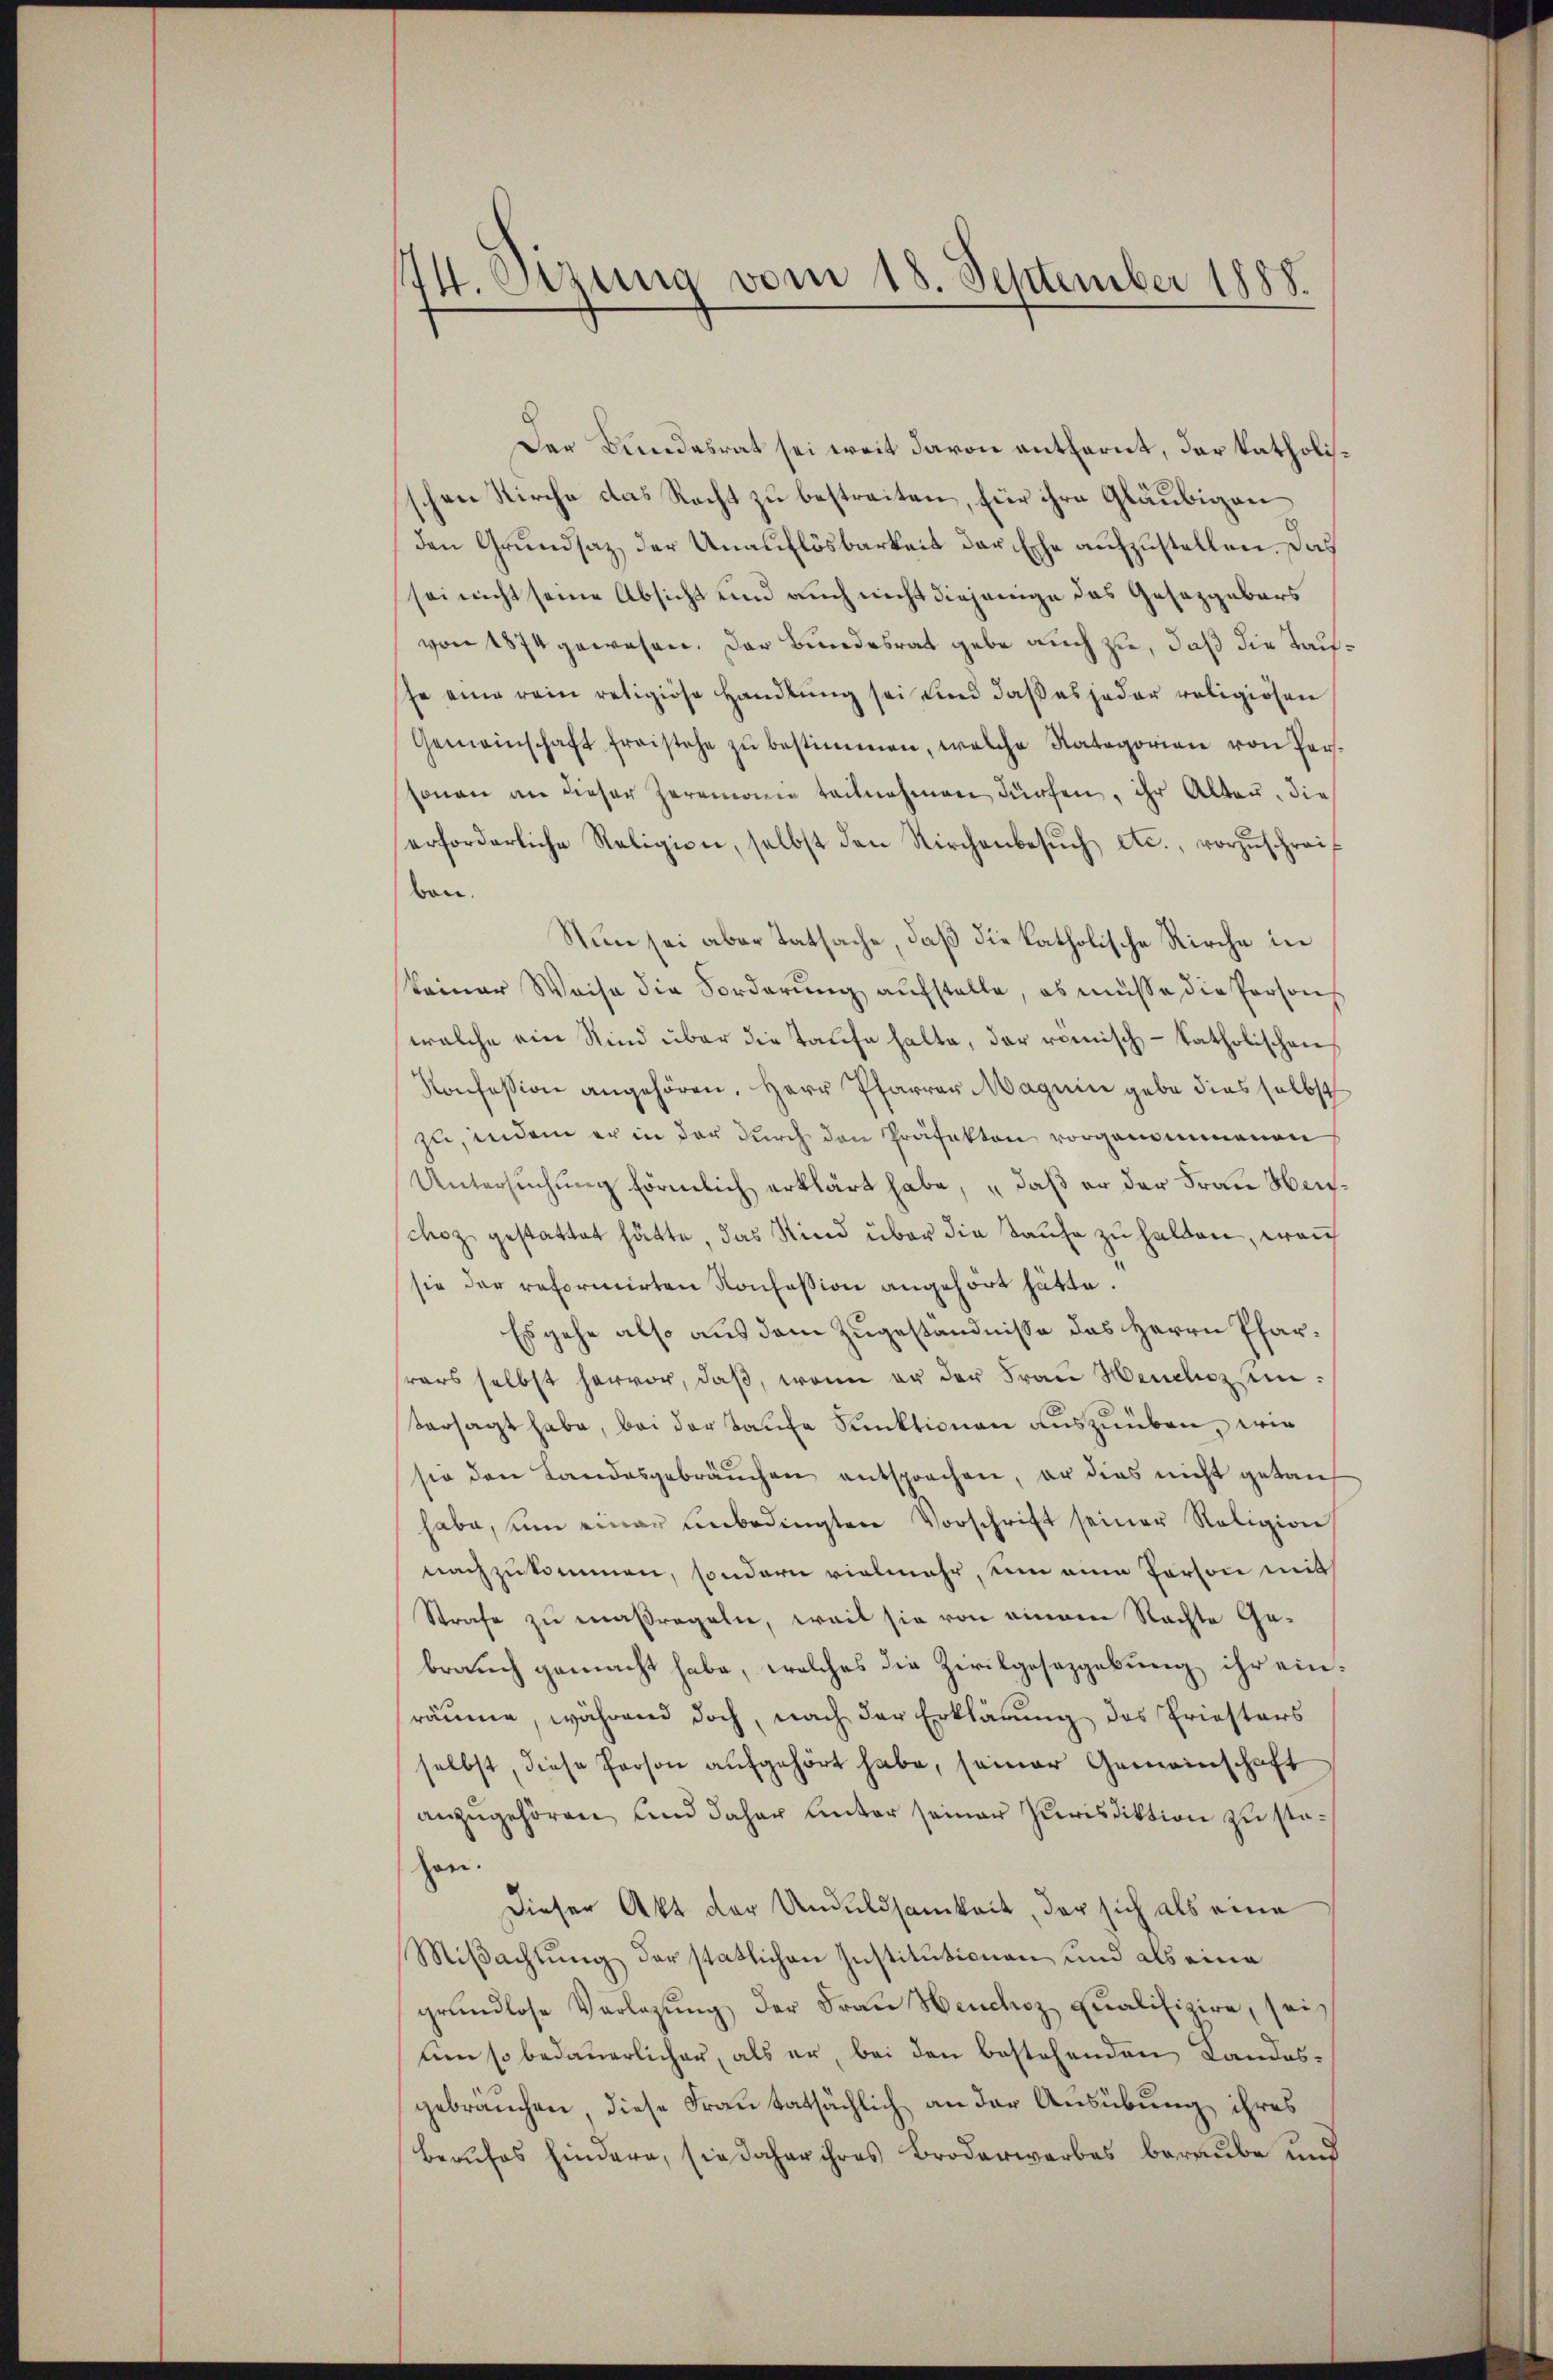
144. Dezung vom 18. September 1888.

Der Bundesrat sei weit davon entfernt, der katholisschen Kirche das Recht zu bestreiten, für ihre Gläubigenden Grundsatz der Unauflösbarkeit der Esche aufzustellen. Das
sei nicht seine Absicht und auch nicht diejenige das Gesetzgebers
von 1874 gewesen. Der Bundesrat gebe auch zu, daß die Taufhe eine rein religiöse Handlung sei und daß es jeder religiösen
Gemeinschaft freistehe zŭ bestimmen, welche Rategorien von Per-
sonen an dieser Zeremonie teilnahmen dürfen, ihr Alten, die
erforderliche Religion, selbst den Kirchenbesŭch etc., vorzuschreif
ben.
Nun sei aber Tatsache, daß die katholische Kirche in
keiner Weise die Forderŭng aufstelle, es müsse die Person
welche ein Kind über die Taufe halte, der römisch-katholischen
Konfession angehören, Herr Pfarrer Magnie gebe dies selbst
zu, indem er in der durch den Präfekten vorgenommenen
Untersuchung förmlich erklärt habe, daß er der Frau Menschoz gestattet hätte, das Kind über die Taufe zu halten, wenn
sie der reformirten Konfession angehört hätte.
Es gehe also aus dem Zugeständnisse des Herrn Pfarrars selbst hervor, daβ, wenn er der Frau Heuchzenversagt habe, bei der Taufe Funktionen auszuüben, wie
sie den Landesgebräuchen entsprochen, er dies nicht getan,
habe, um einer unbedingten Vorschrift seiner Religion
nachzukommen, sondern vielmehr, um eine Person mit
Strafe zu maßregeln, weil sie von einem Nachte Gebrauch gemacht habe, welches die Zivilgesetzgebung ihr einräume, während doch, nach der Erklärung des Priesters
selbst, diese Person aufgehört habe, seiner Gemeinschaft
anzŭgehören und daher unter seiner Purisdiktion zŭ stehen.
Dieser Akt der Unduldsamkeit, der sich als eine
Miβachtung der statlichen Institutionen und als eine
grundlose Vorlegung der Frau Heuchez qualifiziere, sei
um so bedauerlicher, als er, bei den bestehenden Landesgebräuchen, diese Frau tatsächlich an der Ausübung ihres
Berufes hindere, sie daher ihres Broderwerbes beraube und